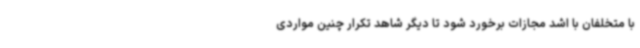
با متخلفان با اشد مجازات برخورد شود تا دیگر شاهد تکرار چنین مواردی